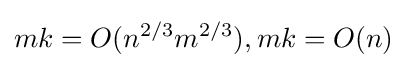
mk=O(n^{2/3}m^{2/3}),mk=O(n)